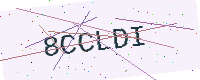
Text: 8CCLDI